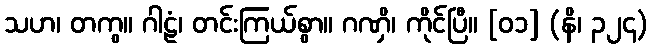
သဟ၊ တကွ။ ဂါဠံ၊ တင်းကြယ်စွာ။ ဂဏှိ၊ ကိုင်ပြီ။ [၀၁] (နိ၊ ၃၂၄)